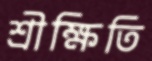
শ্রীক্ষিতি